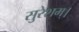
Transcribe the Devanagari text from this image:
सुरेशम्।